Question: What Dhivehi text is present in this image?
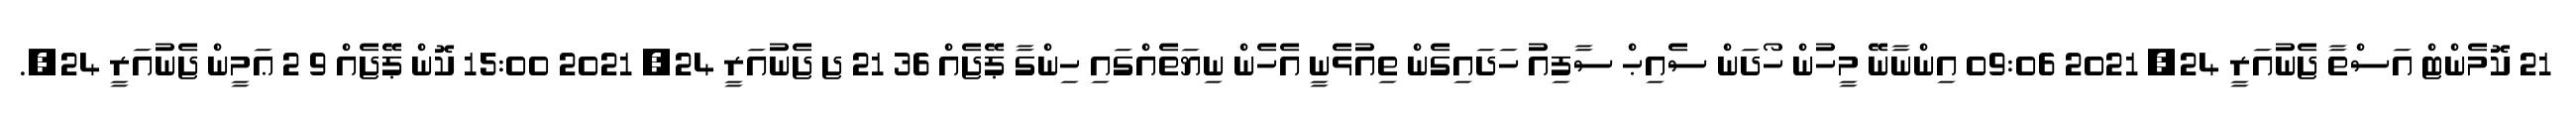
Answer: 21 ކޮމެންޓް އަސްތާ ޖެނުއަރީ 24, 2021 09:06 އިންނާނޭ މީހުން ހޯދަން ސެއިޙް ސާފިއު ހަދައިގެން ތިއުޅެނީ އެހެން ނިޔަތެއްގައި ހިންގާ ޕޭޖެއް 36 21 ޖ ޖެނުއަރީ 24, 2021 15:00 ކޮން ޕޭޖެއް 9 2 ޢަމީން ޖެނުއަރީ 24,.